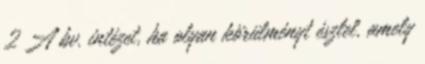
2 A bv. intézet, ha olyan körülményt észlel, amely